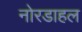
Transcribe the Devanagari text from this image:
नोरडाहल